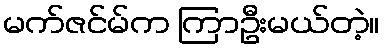
မက်ဇင်မ်က ကြာဦးမယ်တဲ့။